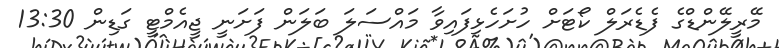
މޭރީލޭންޑްގެ ފެޑެރަލް ކޯޓަށް ހުށަހެޅިފައިވާ މައްސަލަ ބަލަން ފަށަނީ ޖީއެމްޓީ ގަޑިން 13:30